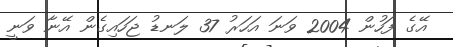
އޭގެ ފަހުން 2004 ވަނަ އަހަރު 37 ލަނޑު ޖަހައިގެން އޭނާ ވަނީ